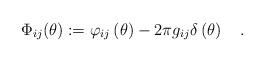
LaTeX: \begin{align*}\Phi _{ij}(\theta ):=\varphi _{ij}\left( \theta \right) -2\pi g_{ij}\delta\left( \theta \right) \quad . \end{align*}